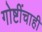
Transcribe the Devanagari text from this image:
गोष्टींचाही